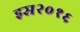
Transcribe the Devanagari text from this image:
इस२०१६